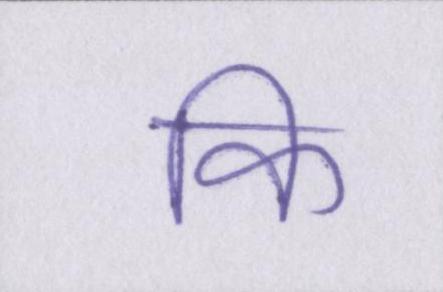
कि